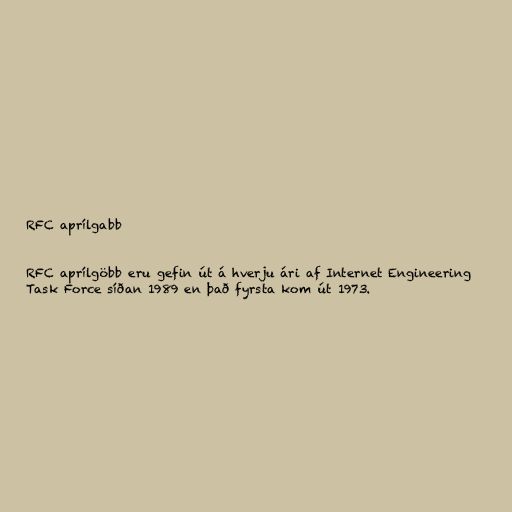
RFC aprílgabb

RFC aprílgöbb eru gefin út á hverju ári af Internet Engineering
Task Force síðan 1989 en það fyrsta kom út 1973.